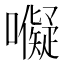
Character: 𭌜